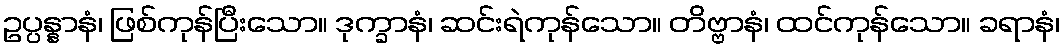
ဥပ္ပန္နာနံ၊ ဖြစ်ကုန်ပြီးသော။ ဒုက္ခာနံ၊ ဆင်းရဲကုန်သော။ တိဗ္ဗာနံ၊ ထင်ကုန်သော။ ခရာနံ၊